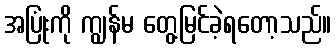
အပြုံးကို ကျွန်မ တွေ့မြင်ခဲ့ရတော့သည်။